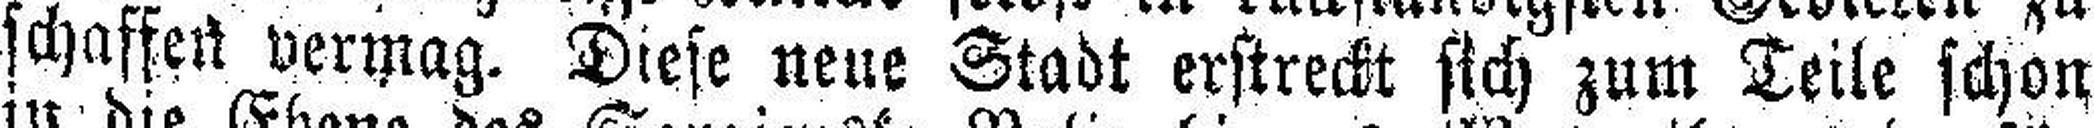
schaffeil vermag. Diese neue Stadt erstreckt sich zum Teile schon